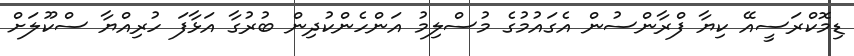
ޑިމޮކްރަސީއޭ ކިޔާ ފްރާންސުން އެގައުމުގެ މުސްލިމު އަންހެންކުދިން ބުރުގާ އަޅާފަ ހުރިއްޔާ ސްކޫލަށް